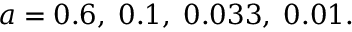
a = 0 . 6 , \; 0 . 1 , \; 0 . 0 3 3 , \; 0 . 0 1 .